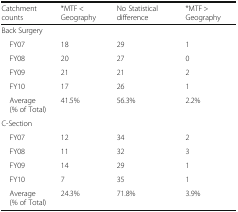
| Catchment counts | *MTF < Geography | No Statistical difference | *MTF > Geography |
 | --- | --- | --- | --- |
 | <COLSPAN=4> Back Surgery |
 | FY07 | 18 | 29 | 1 |
 | FY08 | 20 | 27 | 0 |
 | FY09 | 21 | 21 | 2 |
 | FY10 | 17 | 26 | 1 |
 | Average (% of Total) | 41.5% | 56.3% | 2.2% |
 | <COLSPAN=4> C-Section |
 | FY07 | 12 | 34 | 2 |
 | FY08 | 11 | 32 | 3 |
 | FY09 | 14 | 29 | 1 |
 | FY10 | 7 | 35 | 1 |
 | Average (% of Total) | 24.3% | 71.8% | 3.9% |